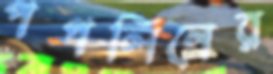
পপলিনের